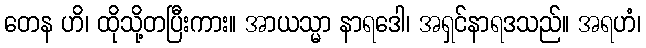
တေန ဟိ၊ ထိုသို့တပြီးကား။ အာယသ္မာ နာရဒေါ၊ အရှင်နာရဒသည်။ အရဟံ၊